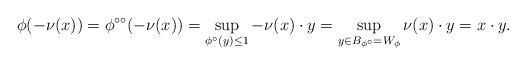
LaTeX: \begin{align*}\phi(-\nu(x)) = \phi^{\circ\circ}(-\nu(x))= \sup_{\phi^\circ(y) \le 1} -\nu(x) \cdot y= \sup_{y \in B_{\phi^\circ}=W_\phi} \nu(x) \cdot y = x \cdot y. \end{align*}